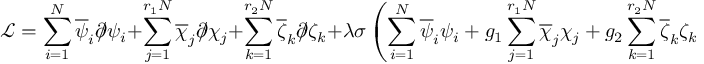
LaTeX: \mathcal { L } = \sum _ { i = 1 } ^ { N } \overline { { { \psi } } } _ { i } \partial \! \! \! \slash \psi _ { i } + \sum _ { j = 1 } ^ { r _ { 1 } N } \overline { { { \chi } } } _ { j } \partial \! \! \! \slash \chi _ { j } + \sum _ { k = 1 } ^ { r _ { 2 } N } \overline { { { \zeta } } } _ { k } \partial \! \! \! \slash \zeta _ { k } + \lambda \sigma \left( \sum _ { i = 1 } ^ { N } \overline { { { \psi } } } _ { i } \psi _ { i } + g _ { 1 } \sum _ { j = 1 } ^ { r _ { 1 } N } \overline { { { \chi } } } _ { j } \chi _ { j } + g _ { 2 } \sum _ { k = 1 } ^ { r _ { 2 } N } \overline { { { \zeta } } } _ { k } \zeta _ { k } \right) .